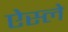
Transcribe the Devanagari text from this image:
ऐस्ले